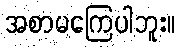
အစာမကြေပါဘူး။